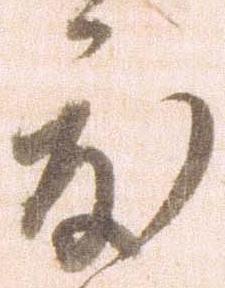
度